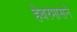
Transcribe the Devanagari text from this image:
हेबरमासने